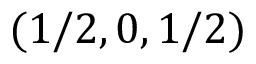
( 1 / 2 , 0 , 1 / 2 )